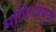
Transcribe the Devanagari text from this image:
माफियांमुळे